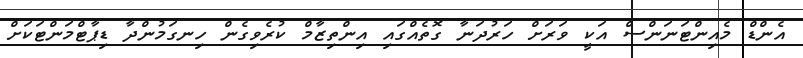
އެންޑް މެއިންޓަނަންސް އަކީ ވަރަށް ހަރުދަނާ ގޮތެއްގައި އިންތިޒާމް ކުރެވިގެން ހިނގަމުންދާ ޑިޕާޓްމަންޓަކަށް